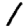
Digit: 1